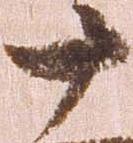
十